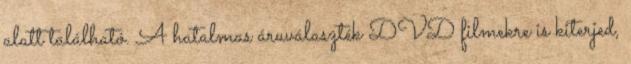
alatt található. A hatalmas áruválaszték DVD filmekre is kiterjed,